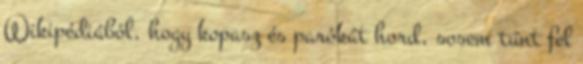
Wikipédiából, hogy kopasz és parókát hord, sosem tűnt fel